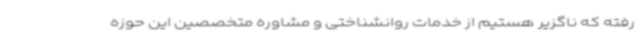
رفته که ناگزیر هستیم از خدمات روانشناختی و مشاوره متخصصین این حوزه